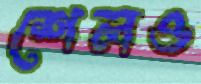
শেলও